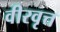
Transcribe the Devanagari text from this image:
वीरवृत्त